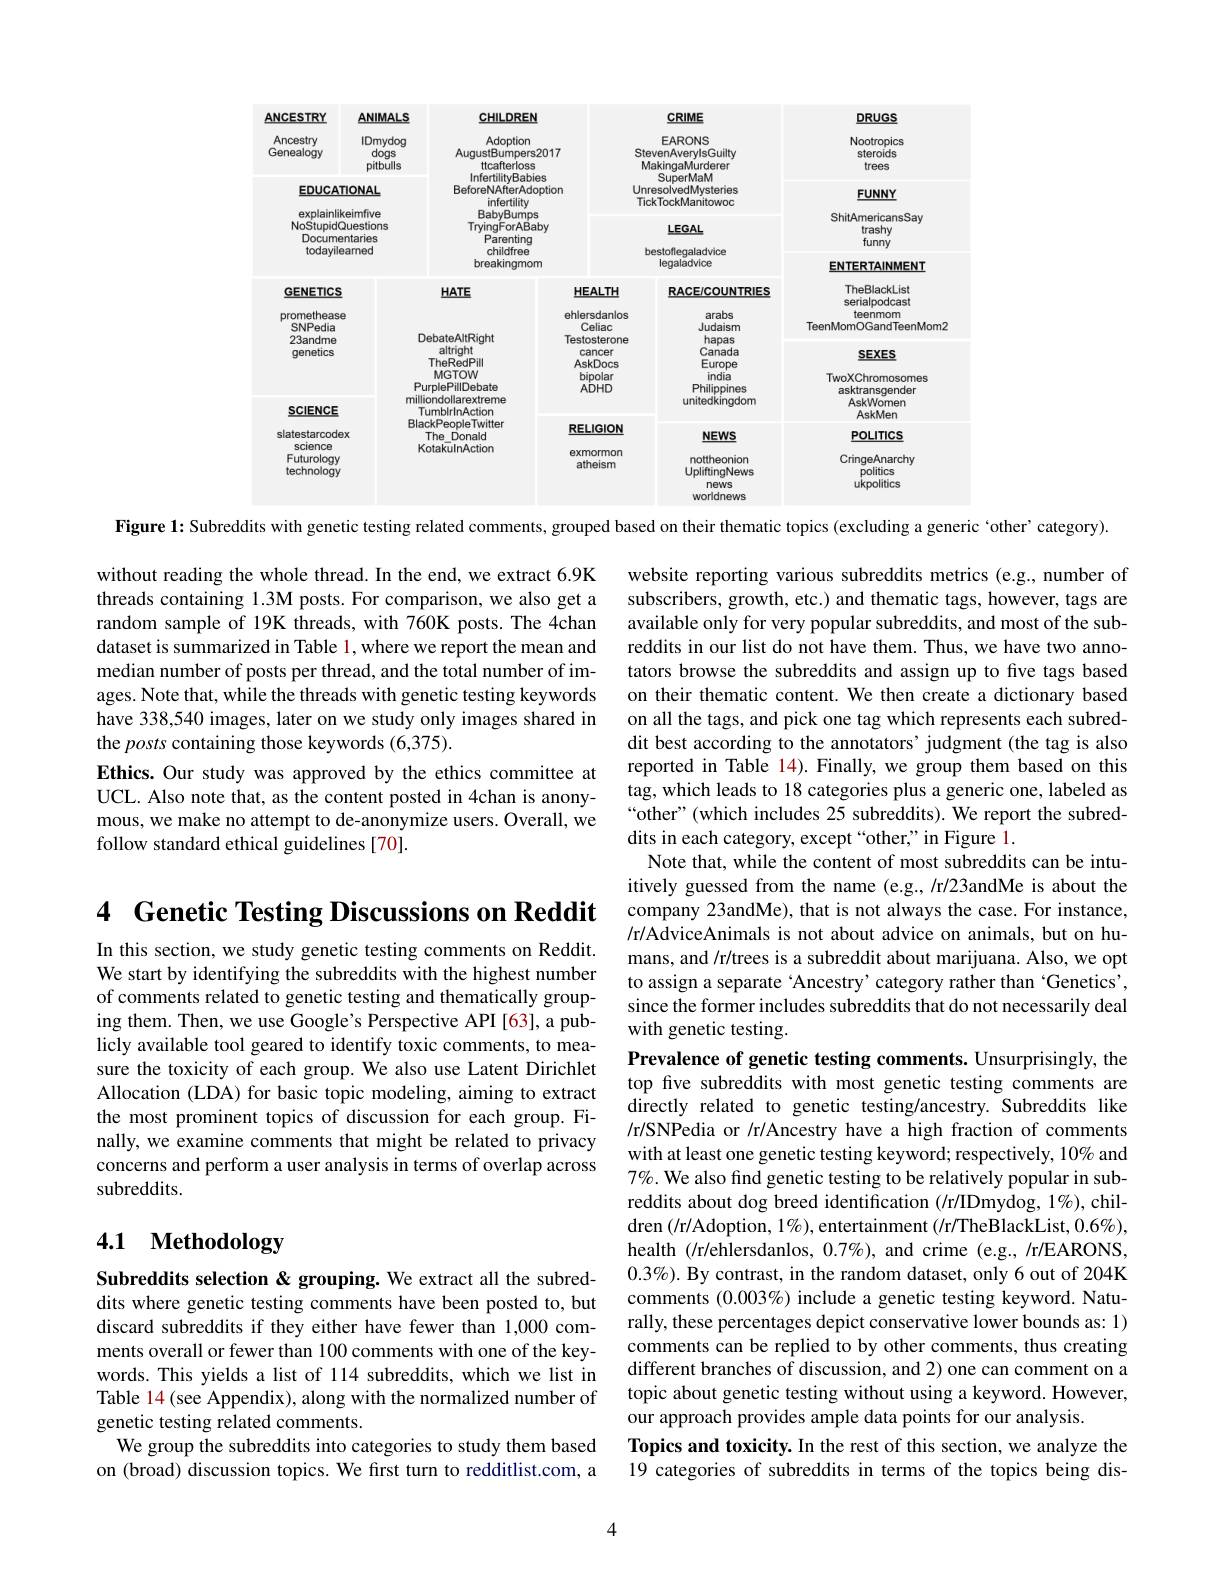
<FigureHere>
Figure 1: Subreddits with genetic testing related comments, grouped based on their thematic topics (excluding a generic ‘other’category).

without reading the whole thread. In the end, we extract 6.9K threads containing 1.3M posts. For comparison, we also get a random sample of 19K threads, with 760K posts. The 4chan dataset is summarized in Table 1, where we report the mean and median number of posts per thread, and the total number of images. Note that, while the threads with genetic testing keywords have 338,540 images, later on we study only images shared in the posts containing those keywords (6,375).
Ethics. Our study was approved by the ethics committee at UCL. Also note that, as the content posted in 4chan is anonymous, we make no attempt to de-anonymize users. Overall, we follow standard ethical guidelines [70].

4 Genetic Testing Discussions on Reddit

website reporting various subreddits metrics (e.g., number of subscribers, growth, etc.) and thematic tags, however, tags are available only for very popular subreddits, and most of the subreddits in our list do not have them. Thus, we have two annotators browse the subreddits and assign up to five tags based on their thematic content. We then create a dictionary based on all the tags, and pick one tag which represents each subreddit best according to the annotators' judgment (the tag is also reported in Table 14). Finally, we group them based on this tag, which leads to 18 categories plus a generic one, labeled as “other”(which includes 25 subreddits). We report the subreddits in each category, except “other,” in Figure 1.
Note that, while the content of most subreddits can be intuitively guessed from the name (e.g.,/r/23andMe is about the company 23andMe), that is not always the case. For instance, /r/AdviceAnimals is not about advice on animals, but on humans, and /r/trees is a subreddit about marijuana. Also, we opt to assign a separate ‘Ancestry’category rather than‘Genetics’, since the former includes subreddits that do not necessarily deal with genetic testing
Prevalence of genetic testing comments. Unsurprisingly, the top five subreddits with most genetic testing comments are directly related to genetic testing/ancestry. Subreddits like /r/SNPedia or /r/Ancestry have a high fraction of comments with at least one genetic testing keyword; respectively, 10% and 7%. We also find genetic testing to be relatively popular in subreddits about dog breed identification (/r/IDmydog, 1%), children (/r/Adoption, $1\%)$,entertainment (/r/TheBlackList, $0.6\%)$, health (/r/ehlersdanlos, $0.7\%)$, and crime (e.g., /r/EARONS, $0.3\%).$ By contrast, in the random dataset, only 6 out of 204K comments $(0.003\%)$ include a genetic testing keyword. Naturally, these percentages depict conservative lower bounds as: 1) comments can be replied to by other comments, thus creating different branches of discussion, and 2) one can comment on a topic about genetic testing without using a keyword. However, our approach provides ample data points for our analysis.
Topics and toxicity. In the rest of this section, we analyze the 19 categories of subreddits in terms of the topics being dis-

In this section, we study genetic testing comments on Reddit. We start by identifying the subreddits with the highest number of comments related to genetic testing and thematically grouping them. Then, we use Google's Perspective API [63], a publicly available tool geared to identify toxic comments, to measure the toxicity of each group. We also use Latent Dirichlet Allocation (LDA) for basic topic modeling, aiming to extract the most prominent topics of discussion for each group. Finally, we examine comments that might be related to privacy concerns and perform a user analysis in terms of overlap across subreddits.

# 4.1 Methodology

Subreddits selection & grouping. We extract all the subreddits where genetic testing comments have been posted to, but discard subreddits if they either have fewer than 1,000 comments overall or fewer than 100 comments with one of the keywords. This yields a list of 114 subreddits, which we list in Table 14(see Appendix), along with the normalized number of genetic testing related comments.
We group the subreddits into categories to study them based on (broad) discussion topics. We first turn to redditlist.com, a

4